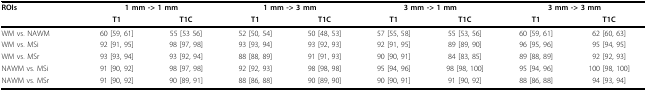
<table><thead><tr><td><b>ROIs</b></td><td colspan="2"><b>1 mm -&gt; 1 mm</b></td><td colspan="2"><b>1 mm -&gt; 3 mm</b></td><td colspan="2"><b>3 mm -&gt; 1 mm</b></td><td colspan="2"><b>3 mm -&gt; 3 mm</b></td></tr><tr><td></td><td><b>T1</b></td><td><b>T1C</b></td><td><b>T1</b></td><td><b>T1C</b></td><td><b>T1</b></td><td><b>T1C</b></td><td><b>T1</b></td><td><b>T1C</b></td></tr></thead><tbody><tr><td>WM vs. NAWM</td><td>60 [59, 61]</td><td>55 [53 56]</td><td>52 [50, 54]</td><td>50 [48, 53]</td><td>57 [55, 58]</td><td>55 [53, 56]</td><td>60 [59, 61]</td><td>62 [60, 63]</td></tr><tr><td>WM vs. MSi</td><td>92 [91, 95]</td><td>98 [97, 98]</td><td>93 [93, 94]</td><td>93 [92, 93]</td><td>92 [91, 95]</td><td>89 [89, 90]</td><td>96 [95, 96]</td><td>95 [94, 95]</td></tr><tr><td>WM vs. MSr</td><td>93 [93, 94]</td><td>93 [92, 94]</td><td>88 [88, 89]</td><td>91 [91, 93]</td><td>90 [90, 91]</td><td>84 [83, 85]</td><td>89 [88, 89]</td><td>92 [92, 93]</td></tr><tr><td>NAWM vs. MSi</td><td>91 [90, 92]</td><td>98 [97, 98]</td><td>92 [92, 93]</td><td>98 [98, 98]</td><td>95 [94, 96]</td><td>98 [98, 100]</td><td>95 [94, 96]</td><td>100 [98, 100]</td></tr><tr><td>NAWM vs. MSr</td><td>91 [90, 92]</td><td>90 [89, 91]</td><td>88 [86, 88]</td><td>90 [89, 90]</td><td>90 [90, 91]</td><td>91 [90, 92]</td><td>88 [86, 88]</td><td>94 [93, 94]</td></tr></tbody></table>